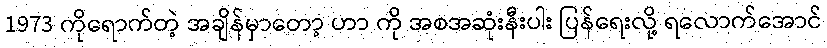
1973 ကိုရောက်တဲ့ အချိန်မှာတော့ ဟာ ကို အစအဆုံးနီးပါး ပြန်ရေးလို့ ရလောက်အောင်